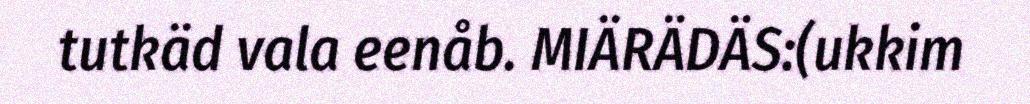
tutkäd vala eenåb. MIÄRÄDÄS:(ukkim